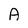
Character: A